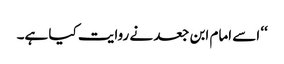
‘‘ اسے امام ابن جعد نے روایت کیا ہے۔